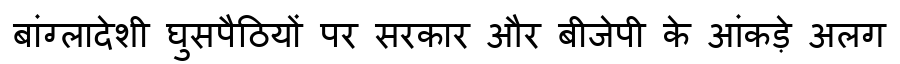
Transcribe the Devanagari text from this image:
बांग्लादेशी घुसपैठियों पर सरकार और बीजेपी के आंकड़े अलग